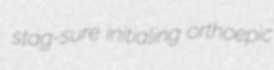
stag-sure initialing orthoepic